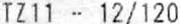
TZ11 - 12/120